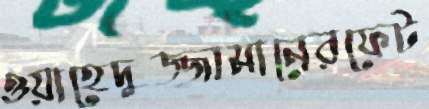
ওয়াহেদুজ্জামানেরফেট